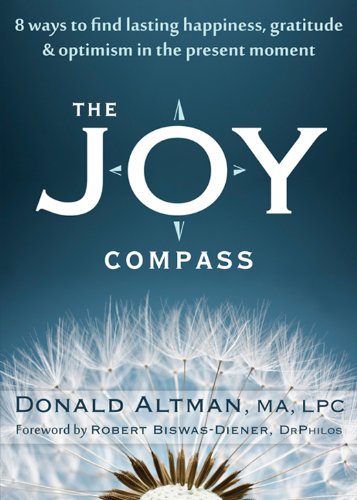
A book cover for The Joy Compass: Eight Ways to Find Lasting Happiness, Gratitude, and Optimism in the Present Moment; Donald Altman MA  LPC; Self-Help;